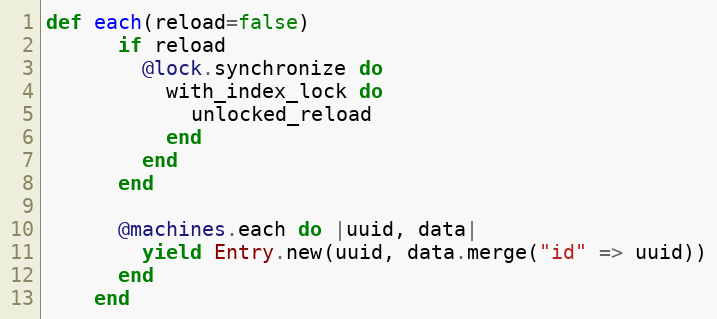
Language: Ruby
def each(reload=false)
      if reload
        @lock.synchronize do
          with_index_lock do
            unlocked_reload
          end
        end
      end

      @machines.each do |uuid, data|
        yield Entry.new(uuid, data.merge("id" => uuid))
      end
    end